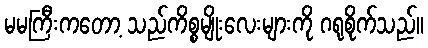
မမကြီးကတော့ သည်ကိစ္စမျိုးလေးများကို ဂရုစိုက်သည်။